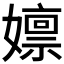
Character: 𫲃